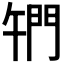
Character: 𨳱